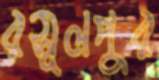
রসূলপুর